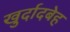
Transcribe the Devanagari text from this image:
खुर्दादबेह